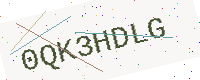
Text: 0QK3HDLG